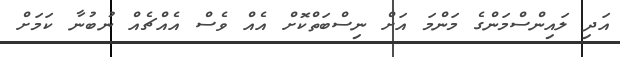
އަދި ލައިންސްމަންގެ މަންމަ އަށް ނިސްބަތްކޮށް އެއް ވެސް އެއްޗެއް ނުބުނާ ކަމަށް